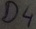
Text: D4